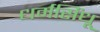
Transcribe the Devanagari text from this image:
धर्मसिंधू